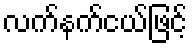
လက်နက်ငယ်ဖြင့်